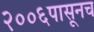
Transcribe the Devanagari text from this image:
२००६पासूनच